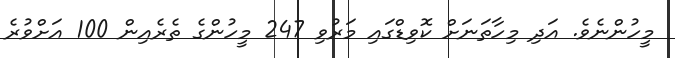
މީހުންނެވެ. އަދި މިހާތަނަށް ކޮވިޑްގައި މަރުވި 247 މީހުންގެ ތެރެއިން 100 އަށްވުރެ